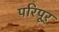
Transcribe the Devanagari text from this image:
परिपूर्